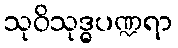
သုဝိသုဒ္ဓပဏ္ဍရာ